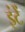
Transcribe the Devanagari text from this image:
इंटें